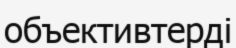
объективтерді